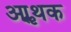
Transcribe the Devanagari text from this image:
आॢथक